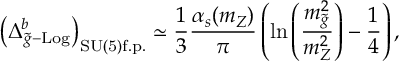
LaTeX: \left( \Delta _ { \widetilde { g } - \mathrm { L o g } } ^ { b } \right) _ { \mathrm { S U ( 5 ) f . p . } } \simeq \frac { 1 } { 3 } \frac { \alpha _ { s } ( m _ { Z } ) } { \pi } \left( \ln \left( \frac { m _ { \widetilde { g } } ^ { 2 } } { m _ { Z } ^ { 2 } } \right) - \frac { 1 } { 4 } \right) ,